Vital statistics of India. Vol. IV, Annual returns from 1871 to 1876. British Army of India, Native Army and jails of Bengal
Year: 1871
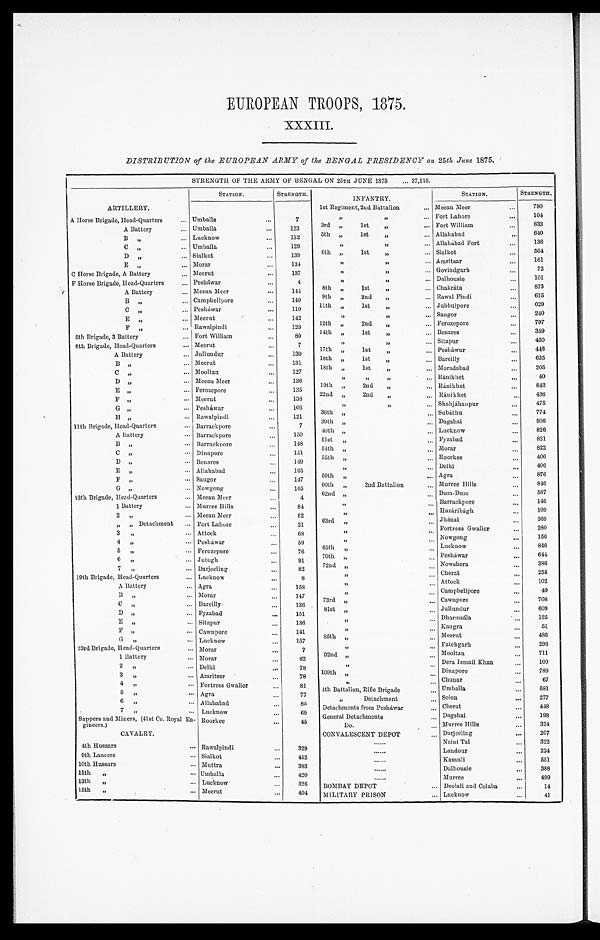
EUROPEAN TROOPS, 1875.
XXXIII.
DISTRIBUTION of the EUROPEAN ARMY of the BENGAL PRESIDENCY on 25th June 1875.
STRENGTH OF THE ARMY OF BENGAL ON 25TH JUNE 1875 ... 37,116.
ARTILLERY.
STATION.
STRENGTH.
INFANTRY.
STATION.
STRENGTH.
Umballa
. . .
7
1st Regiment, 2nd Battalion
... Meean Meer
. . . 780
,,
,,
. . . Fort Lahore
...
104
Horse Brigade, Head-Quarters
......
A Battery
... Umballa
...
123
3rd „
lst „
... Fort William
. . .
8 3 3
B , ,
...
Lucknow
...
132
5th „
1st , ,
... Allahabad
. . . 640
C ,,
. . .
Umballa
. . . 129
,, „
... Allahabad Fort
...
136
D ,,
. . . Sialkot
. . . 139
6th „ 1st ,,
... Sialkot
...
5 0 4
E , ,
... Morar
. . . 134
,,
,,
. . . Amritsar
. . . 161
Horse Brigade, A Battery
. . . Meerut
...
137
,,
,,
... Govindgarh
. . . 7
2
Horse
,,,
Pesháwar
. . .
4
,, ,,
. . . Dalhousie
. . . 101
Brigade, Head-Quarters
A Battery
...
Meean Meer
. . . 144
8th „
1st ,,
... Chakrátta
. . . 873
B , ,
. . . Campbellpore
140
9th „
2nd ,,
... Rawal Pindi
...
6 1 5
C „
. . .
Pesháwar
. . . 110
11th „
1st ,,
... Jubbulpore
...
629
E , ,
. . .
Meerut
. . . 142
, ,
,,
Saugor
. . . 240
F ,,
... Rawalpindi
...
123
12th ,, 2nd ,,
... Ferozepore
...
797
5th Brigade, 3 Battery
... Fort William
. . .
80
14th „
1st „
. . . Benares
. . . 359
Head-Quarters
... Meerut
. . .
7
, , , ,
. . . Sitapur
. . .
4 5 0
8th Brigade,
A Battery
. . . Jullundur
. . . 130
17th „
1st „
. . . Pesháwar
...
446
B , ,
...
Meerut
...
131
18th „
1st „
. . . Bareily
...
635
C , ,
...
Mooltan
. . .
127
18th „
lst ,,
. . . Moradabad
...
205
D „
...
Meean Meer
...
136
,, ,, ,,
. . . Ránikhet
. . .
40
E ,,
...
Ferozepore
. . . 135
19th „
2nd ,,
. . . Ránikhet
. . . 842
F , ,
... Meerut
. . .
138
22nd „
2nd „
. . .
Ránikhet
. . . 436
G ,,
...
Pesháwar
...
106
,, ,,
... Shahjáhanpur
...
475
H ,,
...
Rawalpindi
...
121
36th „
. . . Subáthu
. . . 774
„
39th ,,
. . . Dagshai
. . .
9 0 6
11th Brigade, Head-Quarters
. . . Barrackpore
. . .
7 40th „
. . . Lucknow
. . . 826
A Battery
. . . Barrackpore
. . . 150 51st ,,
. . . Fyzabad
. . .
821
B „
. . . Barrackpore
. . . 148
54th „
. . . Morar
. . . 822
C ,,
. . . Dinapore
. . .
1 5 1 55th „
. . . Roorkee
. . . 406
D ,,
. . . Benares
. . .
1 4 9
,,
. . . Delhi
. . . 406
E „
. . . Allahabad
. . . 165
59th ,,
. . . Agra
. . . 876
F „
. . . Saugor
...
1 4 7 60th „
2 2nd Battalion
. . . Murree Hills
. . . 846
G „
... Nowgong
. . . 165
62nd „
. . . Dum-Dum
...
567
13th Brigade, Head-Quarters
... Meean Meer
. . .
4 ,,
. . . Barrackpore
. . . 146
1 Battery
... Murree Hills
. . .
84
,,
,,
. . . Hazáribágh
. . . 109
2 ,,
... Meean Meer
. . .
5 2 63rd „
. . . Jhánsi
. . . 369
,,
,, Detachment ... Fort Lahore
. . .
2 1
,,
. . . Fortress Gwalior
. . . 280
3 ,,
... Attock
...
68
,,
. . . Nowgong
...
156
4 ,,
. . . Pesháwar
. . .
59 65th ,,
. . . Lucknow
. . .
846
5 , , ,
. . . Ferozepore
. . .
76
70th ,,
. . . Pesháwar
. . .
644
6 ,,
... Jutogh
. . .
91
72nd ,,
. . . Nowshera
. . .
386
7 ,,
. . . Darjeeling
. . .
82
,,
. . . Cherat
. . .
255
19th Brigade, Head-Quarters
... Lucknow
. . .
8
,,
. . . Attock
. . .
102
A Battery
... Agra
. . .
1 5 8
,,
. . .
Campbellpore
. . .
40
B „
... Morar
. . .
147
73rd „
. . . Cawnpore
. . .
708
C „
... Bareilly
. . .
136
81st „
. . . Jullundur
. . .
609
D „
... Fyzabad
. . .
151
,,
. . . Dharmsála
. . .
125
E ,,
. . . Sitapur
. . .
136 ,,
. . .
Kangra
. . .
51
F ,,
. . . Cawnpore
. . .
141 85th
... Meerut
. . .
486
G ,,
. . . Lucknow
. . .
157
„
. . . Fatehgarh
. . .
296
23rd Brigade, Head-Quarters
. . . Morar
. . .
7
92nd ,,
. . . Mooltan
. . .
711
1 Battery
. . . Morar
. . .
82
„
...
Dera Ismail Khan
. . .
100
2 ,,
. . . Delhi
. . .
78 109th
. . . Dinapore
. . .
789
3 ,,
. . . Amritsar
. . .
78
„
. . . Chunar
...
67
4 ,,
. . . Fortress Gwalior
. . .
81 4th Battalion, Rifle Brigade
... Umballa
... 581
5 , ,
. . . Agra
. . .
77
,, Detachment
. . . Solon
...
277
6 ,,
. . . Allahabad
. . .
85 Detachments from Pesháwar
. . . Cherat
...
448
7 ,,
. . . Lucknow
. . . 6 9
General Detachments
. . . Dagshai
...
198
Sappers and Miners, (41st Co. Royal En
gincers.)
CAVALRY.
Roorkee
. . .
45
Do.
CONVALESCENT DEPOT
. . . Murree Hills
Darjeeling
. . .
3 2 4 2 0 7
......
Naini Tal
. . .
322
4th Hussars
. . . Rawalpindi
. . .
329
......
Landour
. . .
224
9th Lancers
. . . Sialkot
. . . 4 5 2
......
Kasauli
. . .
551
10th Hussars
. . . Muttra
. . . 3 8 3
.....
Dalhousie
. . .
388
11th „
. . . Umballa
. . . 4 2 0
......
Murree
. . .
499
13th „
. . . Lucknow
. . .
326 BOMBAY DEPOT
. . . Deolali and Colaba
. . .
14
15th „
. . . Meerut
. . .
4 0 4
MILITARY PRISON
. . . L u c k n o w
. . .
41